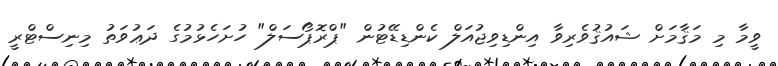
ވީމާ މި މަޤާމަށް ޝައުޤުވެރިވާ އިންޑިވިޖުއަލް ކެންޑިޑޭޓުން "ޕްރޮޕޯސަލް" ހުށަހެޅުމުގެ ދަޢުވަތު މިނިސްޓްރީ